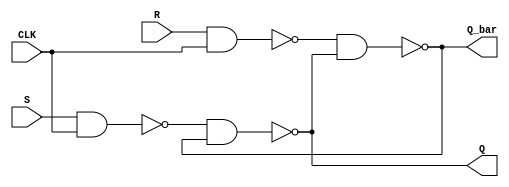
`timescale 1ns/1ns
module SR_Latch(input S, R , CLK, output Q, Q_bar);
	wire g,p;
	nand #8 G1(g,S,CLK);
	nand #8 G2(p,R,CLK);

	nand #8 G3(Q,g,Q_bar);
	nand #8 G4(Q_bar,p,Q);
endmodule